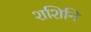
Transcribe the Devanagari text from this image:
शशिनि